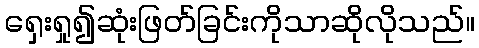
ရှေးရှု၍ဆုံးဖြတ်ခြင်းကိုသာဆိုလိုသည်။